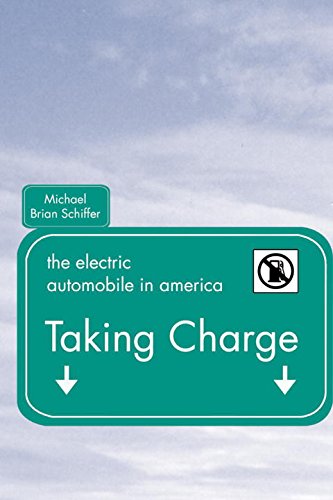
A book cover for Taking Charge: The Electric Automobile in America; Michael Brian Schiffer; Engineering & Transportation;